画像に写った文字を読んでください
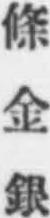
「條金銀」と書いてあります